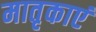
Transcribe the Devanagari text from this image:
मातृकाएं